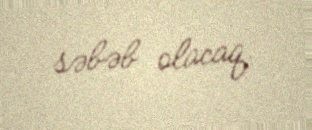
səbəb olacaq.